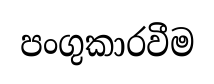
පංගුකාරවීම